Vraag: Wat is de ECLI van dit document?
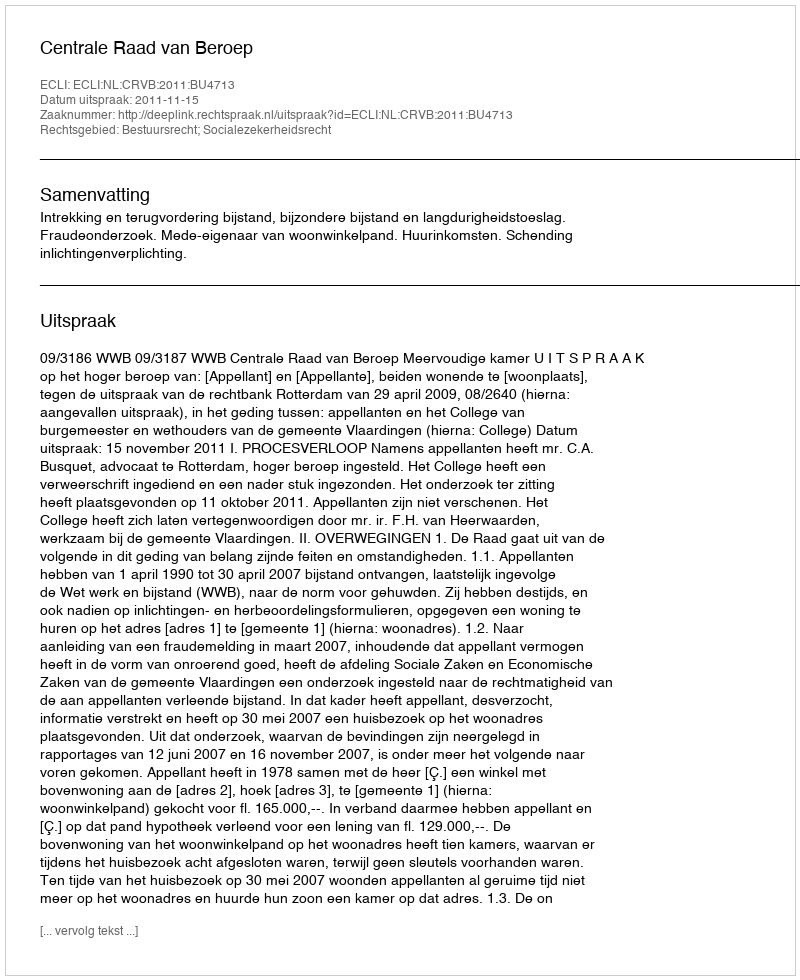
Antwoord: ECLI:NL:CRVB:2011:BU4713